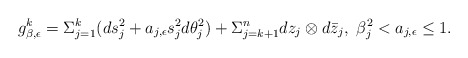
\begin{align*}g^{k}_{\beta,\epsilon}=\Sigma_{j=1}^{k}(ds_{j}^2+a_{j,\epsilon}s_{j}^2d\theta_{j}^2)+\Sigma_{j=k+1}^{n}dz_{j}\otimes d\bar{z}_{j},\ \beta_{j}^{2}<a_{j,\epsilon}\leq 1. \end{align*}